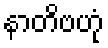
နာတိဗဟုံ